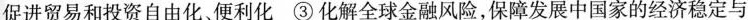
促进贸易和投资自由化、便利化 ③化解全球金融风险，保障发展中国家的经济稳定与